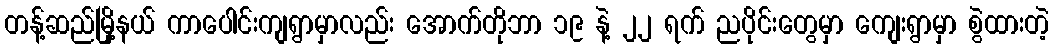
တန့်ဆည်မြို့နယ် ကာပေါင်းကျရွာမှာလည်း အောက်တိုဘာ ၁၉ နဲ့ ၂၂ ရက် ညပိုင်းတွေမှာ ကျေးရွာမှာ စွဲထားတဲ့